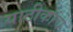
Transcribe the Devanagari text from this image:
याठीकांचे